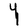
Character: Y